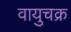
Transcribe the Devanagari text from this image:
वायुचक्र